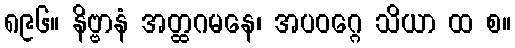
၈၉၆။ နိဗ္ဗာနံ အတ္ထဂမနေ၊ အပဝဂ္ဂေ သိယာ ထ စ။